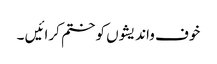
خوف واندیشوں کو ختم کرائیں ۔